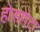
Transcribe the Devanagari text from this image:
होसापेटा